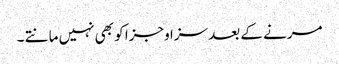
مرنے کے بعد سزا وجزا کو بھی نہیں مانتے ۔